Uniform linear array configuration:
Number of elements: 16
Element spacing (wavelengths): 1
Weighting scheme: cosine
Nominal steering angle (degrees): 60
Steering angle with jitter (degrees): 61.799
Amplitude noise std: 0.05
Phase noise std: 0.05

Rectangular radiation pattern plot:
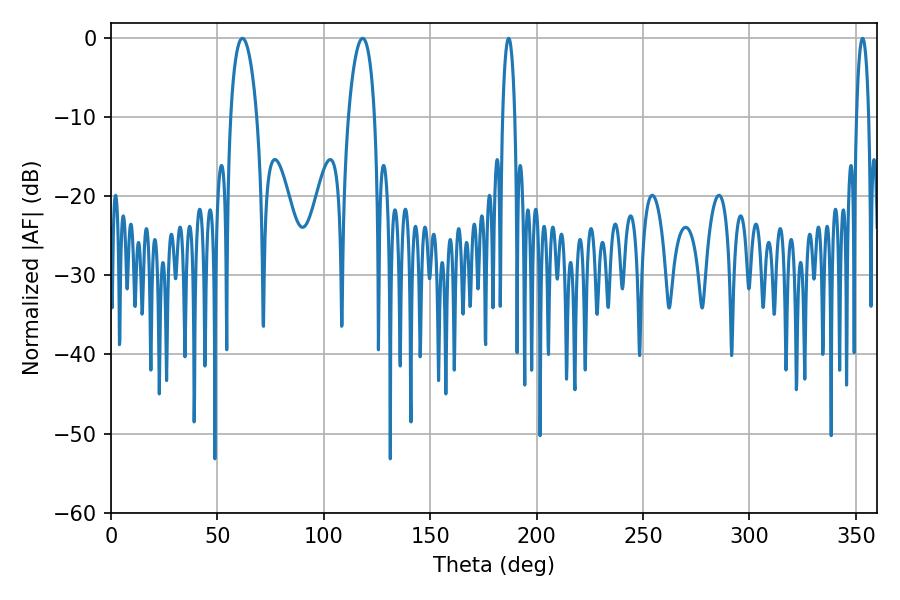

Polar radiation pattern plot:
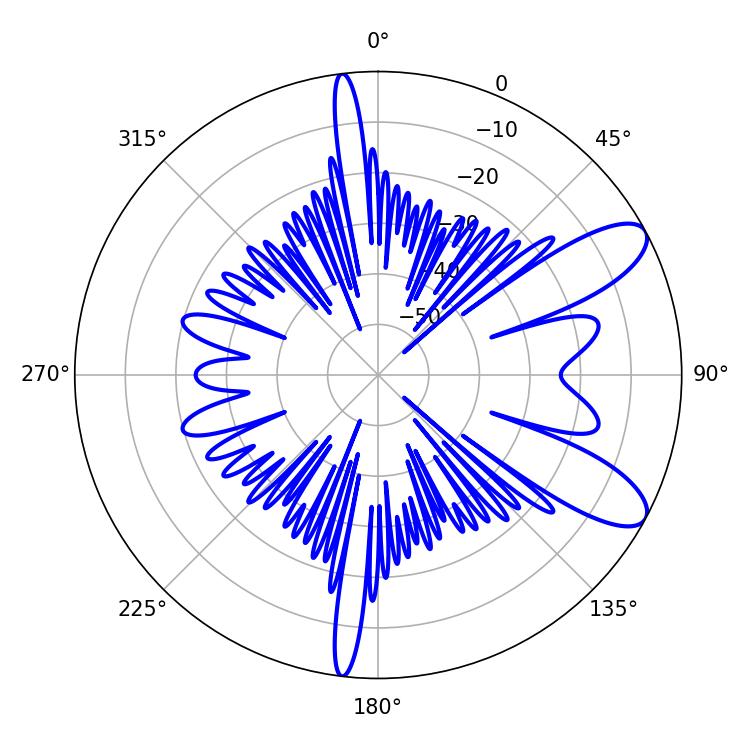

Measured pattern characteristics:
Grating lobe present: TRUE
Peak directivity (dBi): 9.593
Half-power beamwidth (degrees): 3.24
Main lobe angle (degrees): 186.84